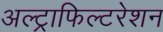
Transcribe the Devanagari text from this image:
अल्ट्राफिल्टरेशन